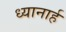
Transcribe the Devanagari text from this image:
ध्यानार्ह